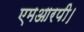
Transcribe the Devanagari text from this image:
एमआरपी।